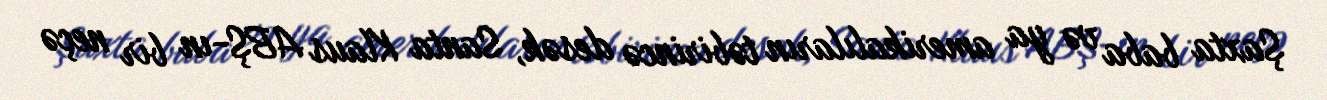
Şaxta baba və ya amerikalıların təbirincə desək, Santa Klaus ABŞ-ın bir neçə